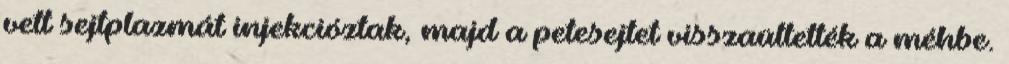
vett sejtplazmát injekcióztak, majd a petesejtet visszaültették a méhbe.